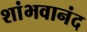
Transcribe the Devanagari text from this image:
शांभवानंद